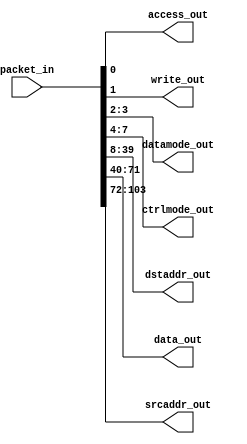
module packet2emesh(/*AUTOARG*/
   // Outputs
   access_out, write_out, datamode_out, ctrlmode_out, dstaddr_out,
   data_out, srcaddr_out,
   // Inputs
   packet_in
   );

   parameter AW=32;
   parameter DW=32;
   parameter PW=104;
   
   //Emesh signal bundle
   output 	    access_out;
   output 	    write_out;   
   output [1:0]     datamode_out;
   output [3:0]     ctrlmode_out;   
   output [AW-1:0]  dstaddr_out;
   output [DW-1:0]  data_out;   
   output [AW-1:0]  srcaddr_out;   
   
   //Output packet
   input [PW-1:0]   packet_in;

   assign access_out          = packet_in[0];
   assign write_out           = packet_in[1];
   assign datamode_out[1:0]   = packet_in[3:2];
   assign ctrlmode_out[3:0]   = packet_in[7:4];
   assign dstaddr_out[AW-1:0] = packet_in[39:8];
   assign data_out[AW-1:0]    = packet_in[71:40];
   assign srcaddr_out[AW-1:0] = packet_in[103:72];
     
endmodule